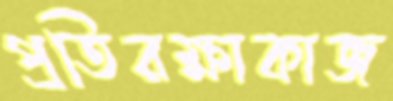
প্রতিরক্ষাকাজ